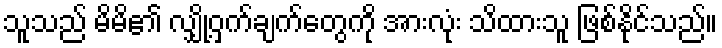
သူသည် မိမိ၏ လျှို့ဝှက်ချက်တွေကို အားလုံး သိထားသူ ဖြစ်နိုင်သည်။